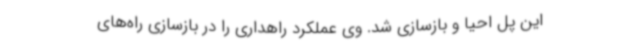
این پل احیا و بازسازی شد. وی عملکرد راهداری را در بازسازی راه‌های